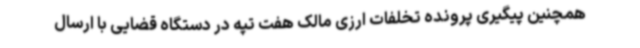
همچنین پیگیری پرونده تخلفات ارزی مالک هفت تپه در دستگاه قضایی با ارسال